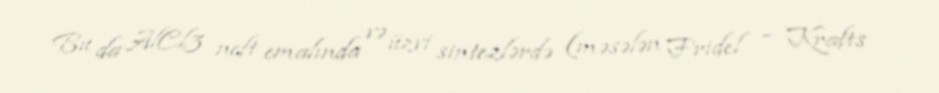
Bu da AlCl3 neft emalında və üzvi sintezlərdə (məsələn Fridel – Krafts